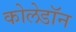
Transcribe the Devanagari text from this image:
कोलेडॉन